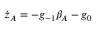
\dot { z } _ { A } = - g _ { - 1 } \beta _ { A } - g _ { 0 }